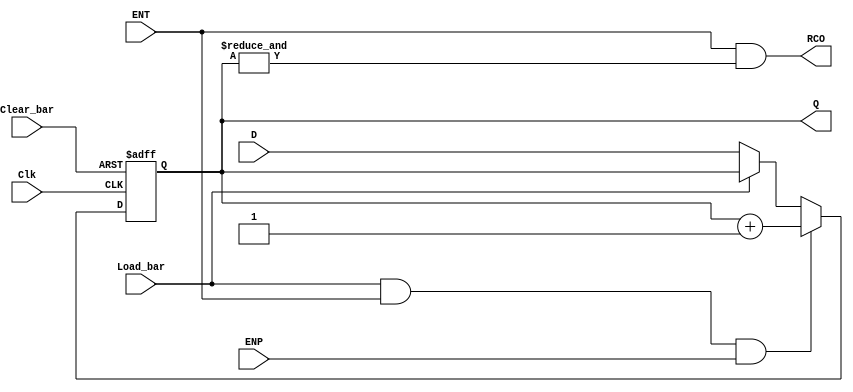
module ttl_74161 #(parameter WIDTH = 4, DELAY_RISE = 0, DELAY_FALL = 0)
(
  input Clear_bar,
  input Load_bar,
  input ENT,
  input ENP,
  input [WIDTH-1:0] D,
  input Clk,
  output RCO,
  output [WIDTH-1:0] Q
);

//------------------------------------------------//
reg RCO_current;
reg [WIDTH-1:0] Q_current;
wire [WIDTH-1:0] Q_next;

assign Q_next = Q_current + 1;

always @(posedge Clk or negedge Clear_bar)
begin
  if (!Clear_bar)
  begin
    Q_current <= {WIDTH{1'b0}};
  end
  else
  begin
    if (!Load_bar)
    begin
      Q_current <= D;
    end

    if (Load_bar && ENT && ENP)
    begin
      Q_current <= Q_next;
    end
  end
end

// outputs
assign RCO_current = ENT && (&Q_current);

//------------------------------------------------//

assign #(DELAY_RISE, DELAY_FALL) RCO = RCO_current;
assign #(DELAY_RISE, DELAY_FALL) Q = Q_current;

endmodule